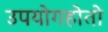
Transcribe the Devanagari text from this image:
उपयोगहोतो